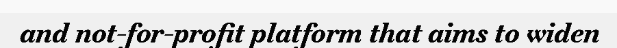
and not-for-profit platform that aims to widen